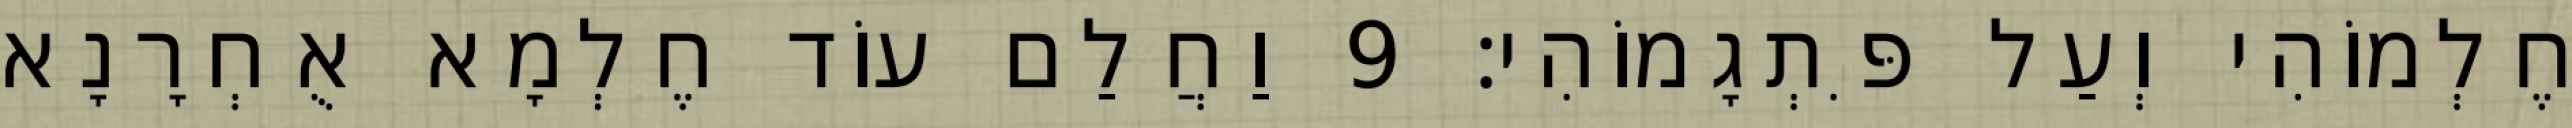
חֶלְמוֹהִי וְעַל פִּתְגָמוֹהִי׃ 9 וַחֲלַם עוֹד חֶלְמָא אֻחְרָנָא